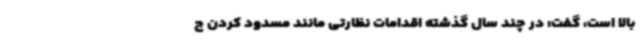
بالا است، گفت: در چند سال گذشته اقدامات نظارتی مانند مسدود کردن چ